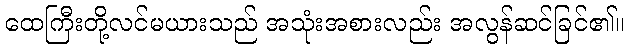
ထေကြီးတို့လင်မယားသည် အသုံးအစားလည်း အလွန်ဆင်ခြင်၏။